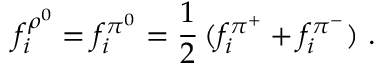
f _ { i } ^ { \rho ^ { 0 } } = f _ { i } ^ { \pi ^ { 0 } } = \frac { 1 } { 2 } \, ( f _ { i } ^ { \pi ^ { + } } + f _ { i } ^ { \pi ^ { - } } ) ~ .